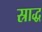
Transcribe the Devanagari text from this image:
स्राद्ध